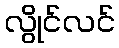
လွိုင်လင်